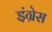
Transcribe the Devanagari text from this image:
इंग्रेस